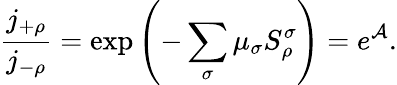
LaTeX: \frac{j_{+\rho}}{j_{-\rho}}=\exp\left(-\sum_{\sigma}\mu_{\sigma}S_{\rho}^{\sigma}\right)=e^{\mathcal{A}}.